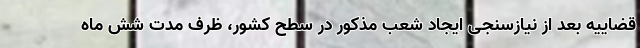
قضاییه بعد از نیازسنجی ایجاد شعب مذکور در سطح کشور، ظرف مدت شش ماه